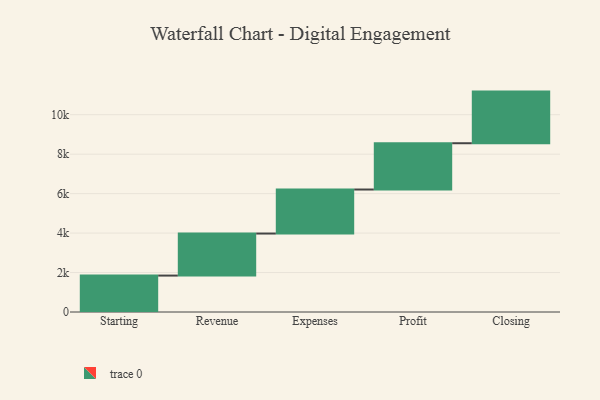
{"axis": {"x": "Step", "y": "Value"}, "legend": [""], "data": [{"x": "Starting", "y": 1846.0, "type": ""}, {"x": "Revenue", "y": 2131.0, "type": ""}, {"x": "Expenses", "y": 2231.0, "type": ""}, {"x": "Profit", "y": 2346.0, "type": ""}, {"x": "Closing", "y": 2617.0, "type": ""}]}